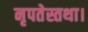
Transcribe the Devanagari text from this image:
नृपतेस्तथा।